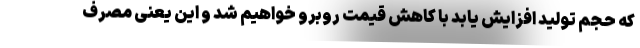
که حجم تولید افزایش یابد با کاهش قیمت روبرو خواهیم شد و این یعنی مصرف